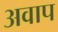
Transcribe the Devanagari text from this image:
अवाप